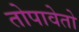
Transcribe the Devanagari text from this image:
तोपावेतो